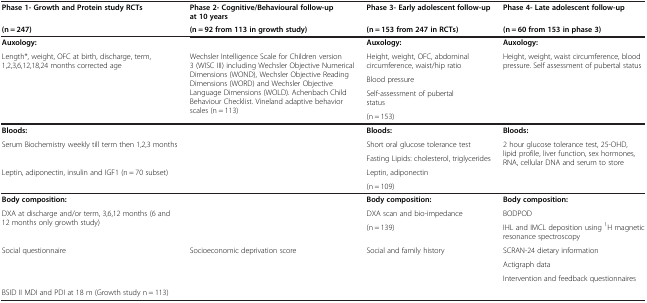
| Phase 1- Growth and Protein study RCTs | Phase 2- Cognitive/Behavioural follow-up at 10 years | Phase 3- Early adolescent follow-up | Phase 4- Late adolescent follow-up |
 | (n = 247) | (n = 92 from 113 in growth study) | (n = 153 from 247 in RCTs) | (n = 60 from 153 in phase 3) |
 | --- | --- | --- | --- |
 | Auxology: |  | Auxology: | Auxology: |
 | <ROWSPAN=3> Length*, weight, OFC at birth, discharge, term, 1,2,3,6,12,18,24 months corrected age | <ROWSPAN=3> Wechsler Intelligence Scale for Children version 3 (WISC III) including Wechsler Objective Numerical Dimensions (WOND), Wechsler Objective Reading Dimensions (WORD) and Wechsler Objective Language Dimensions (WOLD). Achenbach Child Behaviour Checklist. Vineland adaptive behavior scales (n = 113) | Height, weight, OFC, abdominal circumference, waist/hip ratio | <ROWSPAN=3> Height, weight, waist circumference, blood pressure. Self assessment of pubertal status |
 | Blood pressure |
 | Self-assessment of pubertal status |
 |  |  | (n = 153) |  |
 | Bloods: |  | Bloods: | Bloods: |
 | <ROWSPAN=2> Serum Biochemistry weekly till term then 1,2,3 months | <ROWSPAN=2>  | Short oral glucose tolerance test | <ROWSPAN=3> 2 hour glucose tolerance test, 25-OHD, lipid profile, liver function, sex hormones, RNA, cellular DNA and serum to store |
 | Fasting Lipids: cholesterol, triglycerides |
 | Leptin, adiponectin, insulin and IGF1 (n = 70 subset) |  | Leptin, adiponectin |
 |  |  | (n = 109) |  |
 | Body composition: |  | Body composition: | Body composition: |
 | <ROWSPAN=2> DXA at discharge and/or term, 3,6,12 months (6 and 12 months only growth study) | <ROWSPAN=2>  | DXA scan and bio-impedance | BODPOD |
 | (n = 139) | IHL and IMCL deposition using 1H magnetic resonance spectroscopy |
 | <ROWSPAN=3> Social questionnaire | <ROWSPAN=3> Socioeconomic deprivation score | <ROWSPAN=3> Social and family history | SCRAN-24 dietary information |
 | Actigraph data |
 | Intervention and feedback questionnaires |
 | BSID II MDI and PDI at 18 m (Growth study n = 113) |  |  |  |